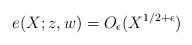
LaTeX: \begin{align*} e(X; z,w) = O_{\epsilon}(X^{1/2 + \epsilon})\end{align*}